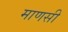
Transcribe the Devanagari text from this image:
माणसी